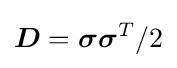
{\boldsymbol {D}}={\boldsymbol {\sigma }}{\boldsymbol {\sigma }}^{T}/2